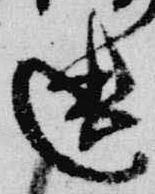
遺